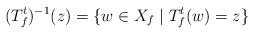
LaTeX: \begin{align*}(T_{f}^{t})^{-1}(z)=\{w\in X_{f}\mid T_{f}^{t}(w)=z\}\end{align*}